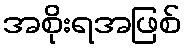
အစိုးရအဖြစ်